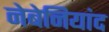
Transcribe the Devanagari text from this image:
नेबेनियांद